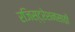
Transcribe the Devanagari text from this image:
रजिस्ट्रेशनसाठी